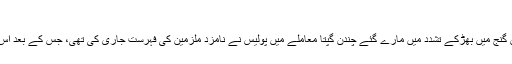
مشکوک لوگوں کی ہوئی تھی گرفتاری
یوم جمہوریہ کے دن ترنگا یاترا کے دوران کاس گنج میں بھڑکے تشدد میں مارے گئے چندن گپتا معاملے میں پولیس نے نامزد ملزمین کی فہرست جاری کی تھی، جس کے بعد اس معاملے میں 117 لوگوں کو گرفتار کیا گیا تھا۔